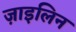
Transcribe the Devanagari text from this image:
ज़ाइलिन